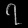
Digit: ၇